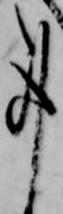
事